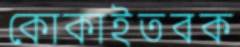
কোকাইতবক